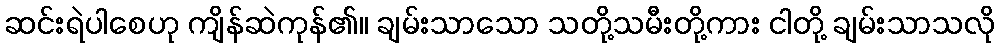
ဆင်းရဲပါစေဟု ကျိန်ဆဲကုန်၏။ ချမ်းသာသော သတို့သမီးတို့ကား ငါတို့ ချမ်းသာသလို